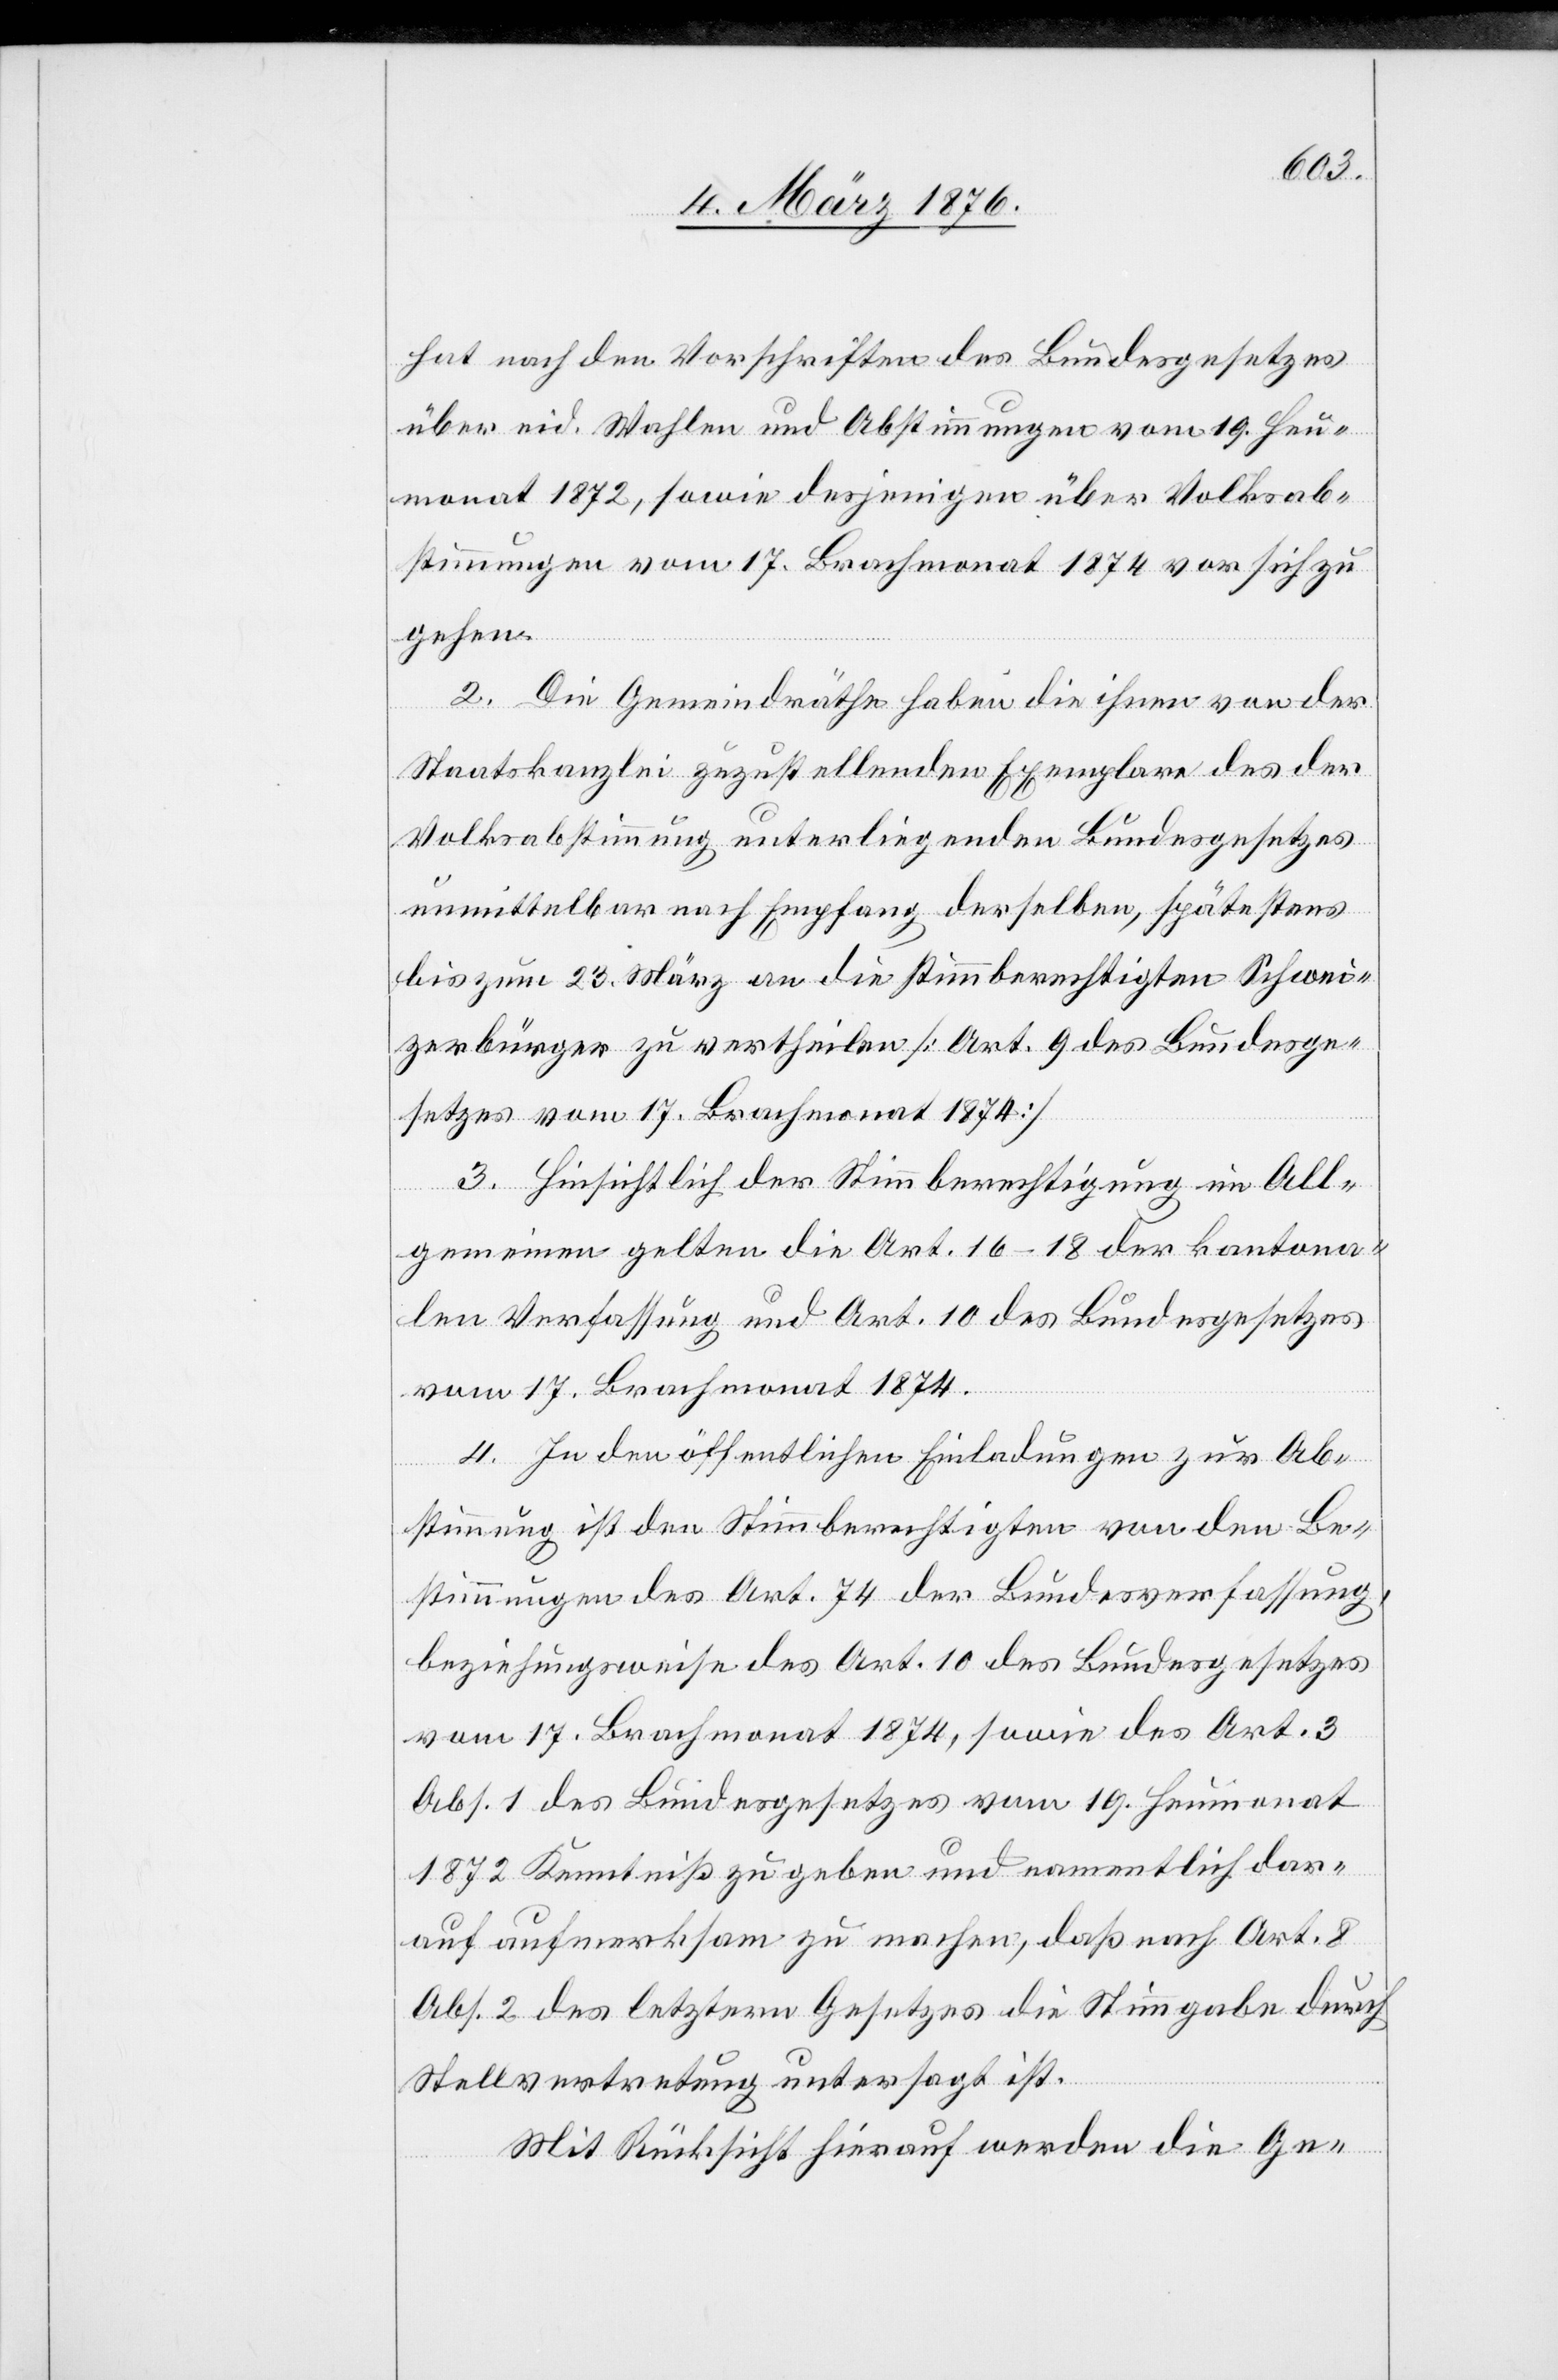
19.
hat nach den Vorschriften des Bundesgesetzes
über eid. Wahlen und Abstimmungen vom 19. Heu¬
monat 1872, sowie desjenigen über Volksab¬
stimmungen vom 17. Brachmonat 1874 vor sich zu
gehen.
2. Die Gemeindräthe haben die ihnen von der
Staatskanzlei zuzustellenden Exemplare des der
Volksabstimmung unterliegenden Bundesgesetzes
unmittelbar nach Empfang derselben, spätestens
bis zum 23. März an die stimmberechtigten Schwei¬
zerbürger zu vertheilen [Art. 9 des Bundesge¬
setzes vom 17. Brachmonat 1874]
3. Hinsichtlich der Stimmberechtigung im All¬
gemeinen gelten die Art. 16–18 der kantona¬
len Verfassung und Art. 10 des Bundesgesetzes
vom 17. Brachmonat 1874.
4. In den öffentlichen Einladungen zur Ab¬
stimmung ist den Stimmberechtigten von den Be¬
stimmungen des Art. 74 der Bundesverfassung,
beziehungsweise des Art. 10 des Bundesgesetzes
1872 Kenntniß zu geben und namentlich dar¬
auf aufmerksam zu machen, daß nach Art. 8
Abs. 2 des letztern Gesetzes die Stimmgabe durch
Stellvertretung untersagt ist.
Mit Rücksicht hierauf werden die Ge-